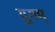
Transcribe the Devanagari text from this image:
युगम्